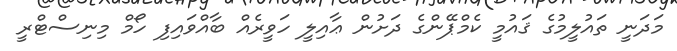
މަދަނީ ތައުލީމުގެ ޤައުމީ ކެމްޕޭންގެ ދަށުން ޢާއިލީ ހަވީރެއް ބާއްވަައިފި ހޯމް މިނިސްޓްރީ